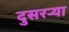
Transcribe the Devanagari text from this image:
दुसरऱ्या